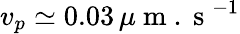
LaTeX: v_{p}\simeq 0.03\, \mu\mathrm{~m~.~s~}^{-1}